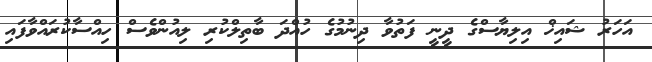
އަހަރު ޝައިޚް އިލިޔާސްގެ ދީނީ ފަތުވާ ދިނުމުގެ ހުއްދަ ބާތިލްކުރި ލިއުންވެސް ހިއްސާކުރައްވާފައި